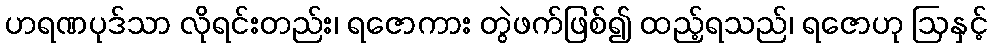
ဟရဏပုဒ်သာ လိုရင်းတည်း၊ ရဇောကား တွဲဖက်ဖြစ်၍ ထည့်ရသည်၊ ရဇောဟု ဩနှင့်